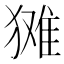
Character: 𱮘